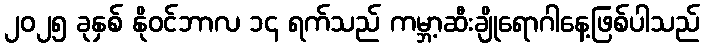
၂၀၂၅ ခုနှစ် နိုဝင်ဘာလ ၁၄ ရက်သည် ကမ္ဘာ့ဆီးချိုရောဂါနေ့ဖြစ်ပါသည်